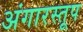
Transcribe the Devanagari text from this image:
अंगारस्तूप